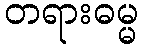
တရားဓမ္မ